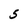
Character: 5